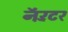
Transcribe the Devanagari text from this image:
नॅरॅटर